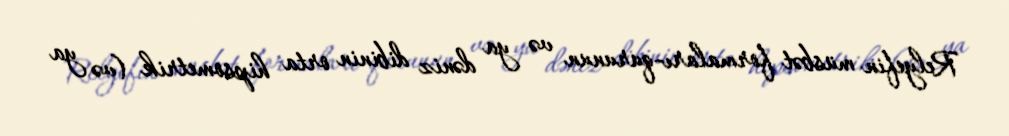
Relyefin müsbət formaları-qurunun və ya dəniz dibinin orta hipsometrik (və ya